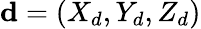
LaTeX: \textbf{d}=\left(X_{d},Y_{d},Z_{d}\right)